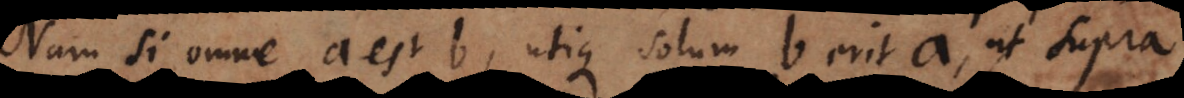
Nam si omne a est b, utique solum b erit a, ut supra,